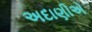
અદાણીએ